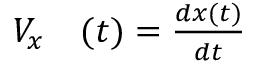
\begin{array} { r l } { V _ { x } } & { { } ( t ) = \frac { d x ( t ) } { d t } } \end{array}